Civil Veterinary Department. United Provinces 1932-42 - 1932-1942
Year: 1932
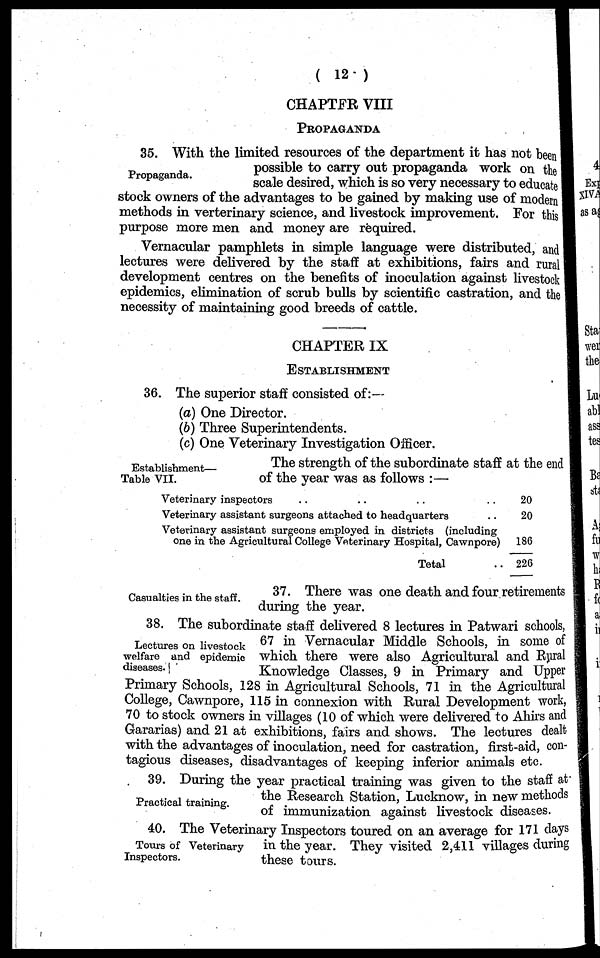
(12)
CHAPTER VIII
PROPAGANDA
Propaganda.
35. With the limited resources of the department it has not been
possible to carry out propaganda work on the
scale desired, which is so very necessary to educate
stock owners of the advantages to be gained by making use of modern
methods in verterinary science, and livestock improvement. For this
purpose more men and money are required.
Vernacular pamphlets in simple language were distributed, and
lectures were delivered by the staff at exhibitions, fairs and rural
development centres on the benefits of inoculation against livestock
epidemics, elimination of scrub bulls by scientific castration, and the
necessity of maintaining good breeds of cattle.
CHAPTER IX
ESTABLISHMENT
36. The superior staff consisted of:—
(a) One Director.
(6) Three Superintendents.
(c) One Veterinary Investigation Officer.
Establishment—
Table VII.
The strength of the subordinate staff at the end
of the year was as follows:—
Veterinary inspectors .. .. ..
Veterinary assistant surgeons attached to headquarters
Veterinary assistant surgeons employed in districts (including
one in the Agricultural College Veterinary Hospital, Cawnpore)
Total ..
20
20
186
226
Casualties in the staff.
37. There was one death and four retirements
during the year.
Lectures on livestock
welfare and epidemic
diseases.
38. The subordinate staff delivered 8 lectures in Patwari schools,
67 in Vernacular Middle Schools, in some of
which there were also Agricultural and Rural
Knowledge Classes, 9 in Primary and Upper
Primary Schools, 128 in Agricultural Schools, 71 in the Agricultural
College, Cawnpore, 115 in connexion with Rural Development work,
70 to stock owners in villages (10 of which were delivered to Ahirs and
Gararias) and 21 at exhibitions, fairs and shows. The lectures dealt
with the advantages of inoculation, need for castration, first-aid, con-
tagious diseases, disadvantages of keeping inferior animals etc.
Practical training.
39. During the year practical training was given to the staff at
the Research Station, Lucknow, in new methods
of immunization against livestock diseases.
Tours of Veterinary
Inspectors.
40. The Veterinary Inspectors toured on an average for 171 clays
in the year. They visited 2,411 villages during
these tours.